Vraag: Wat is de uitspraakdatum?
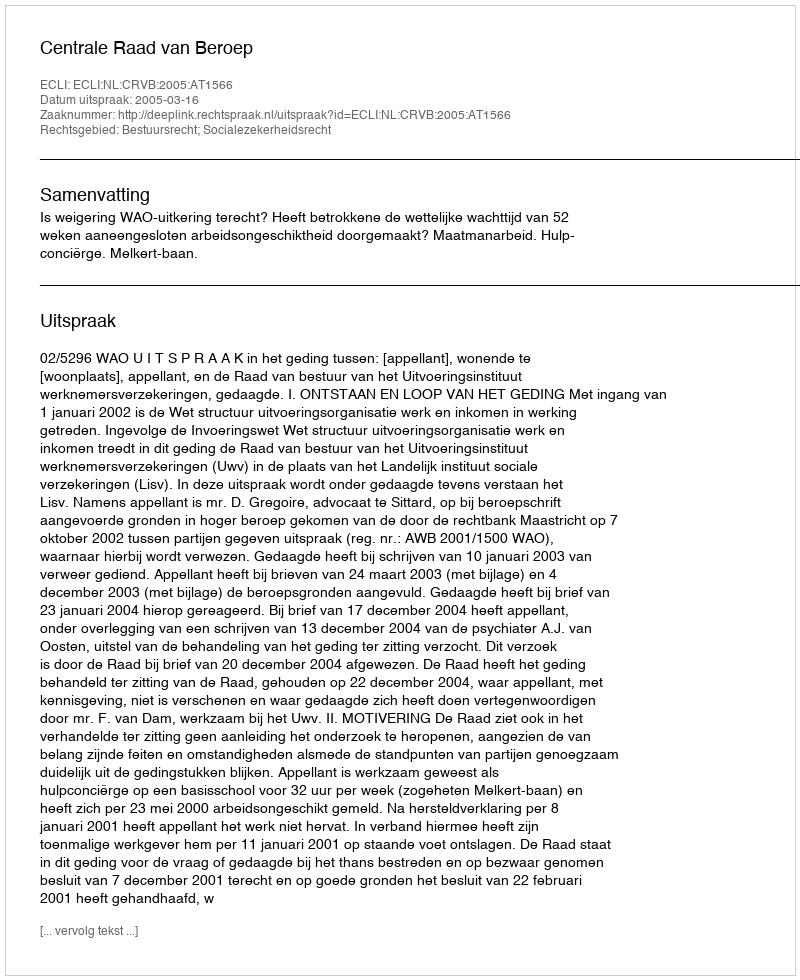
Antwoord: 2005-03-16